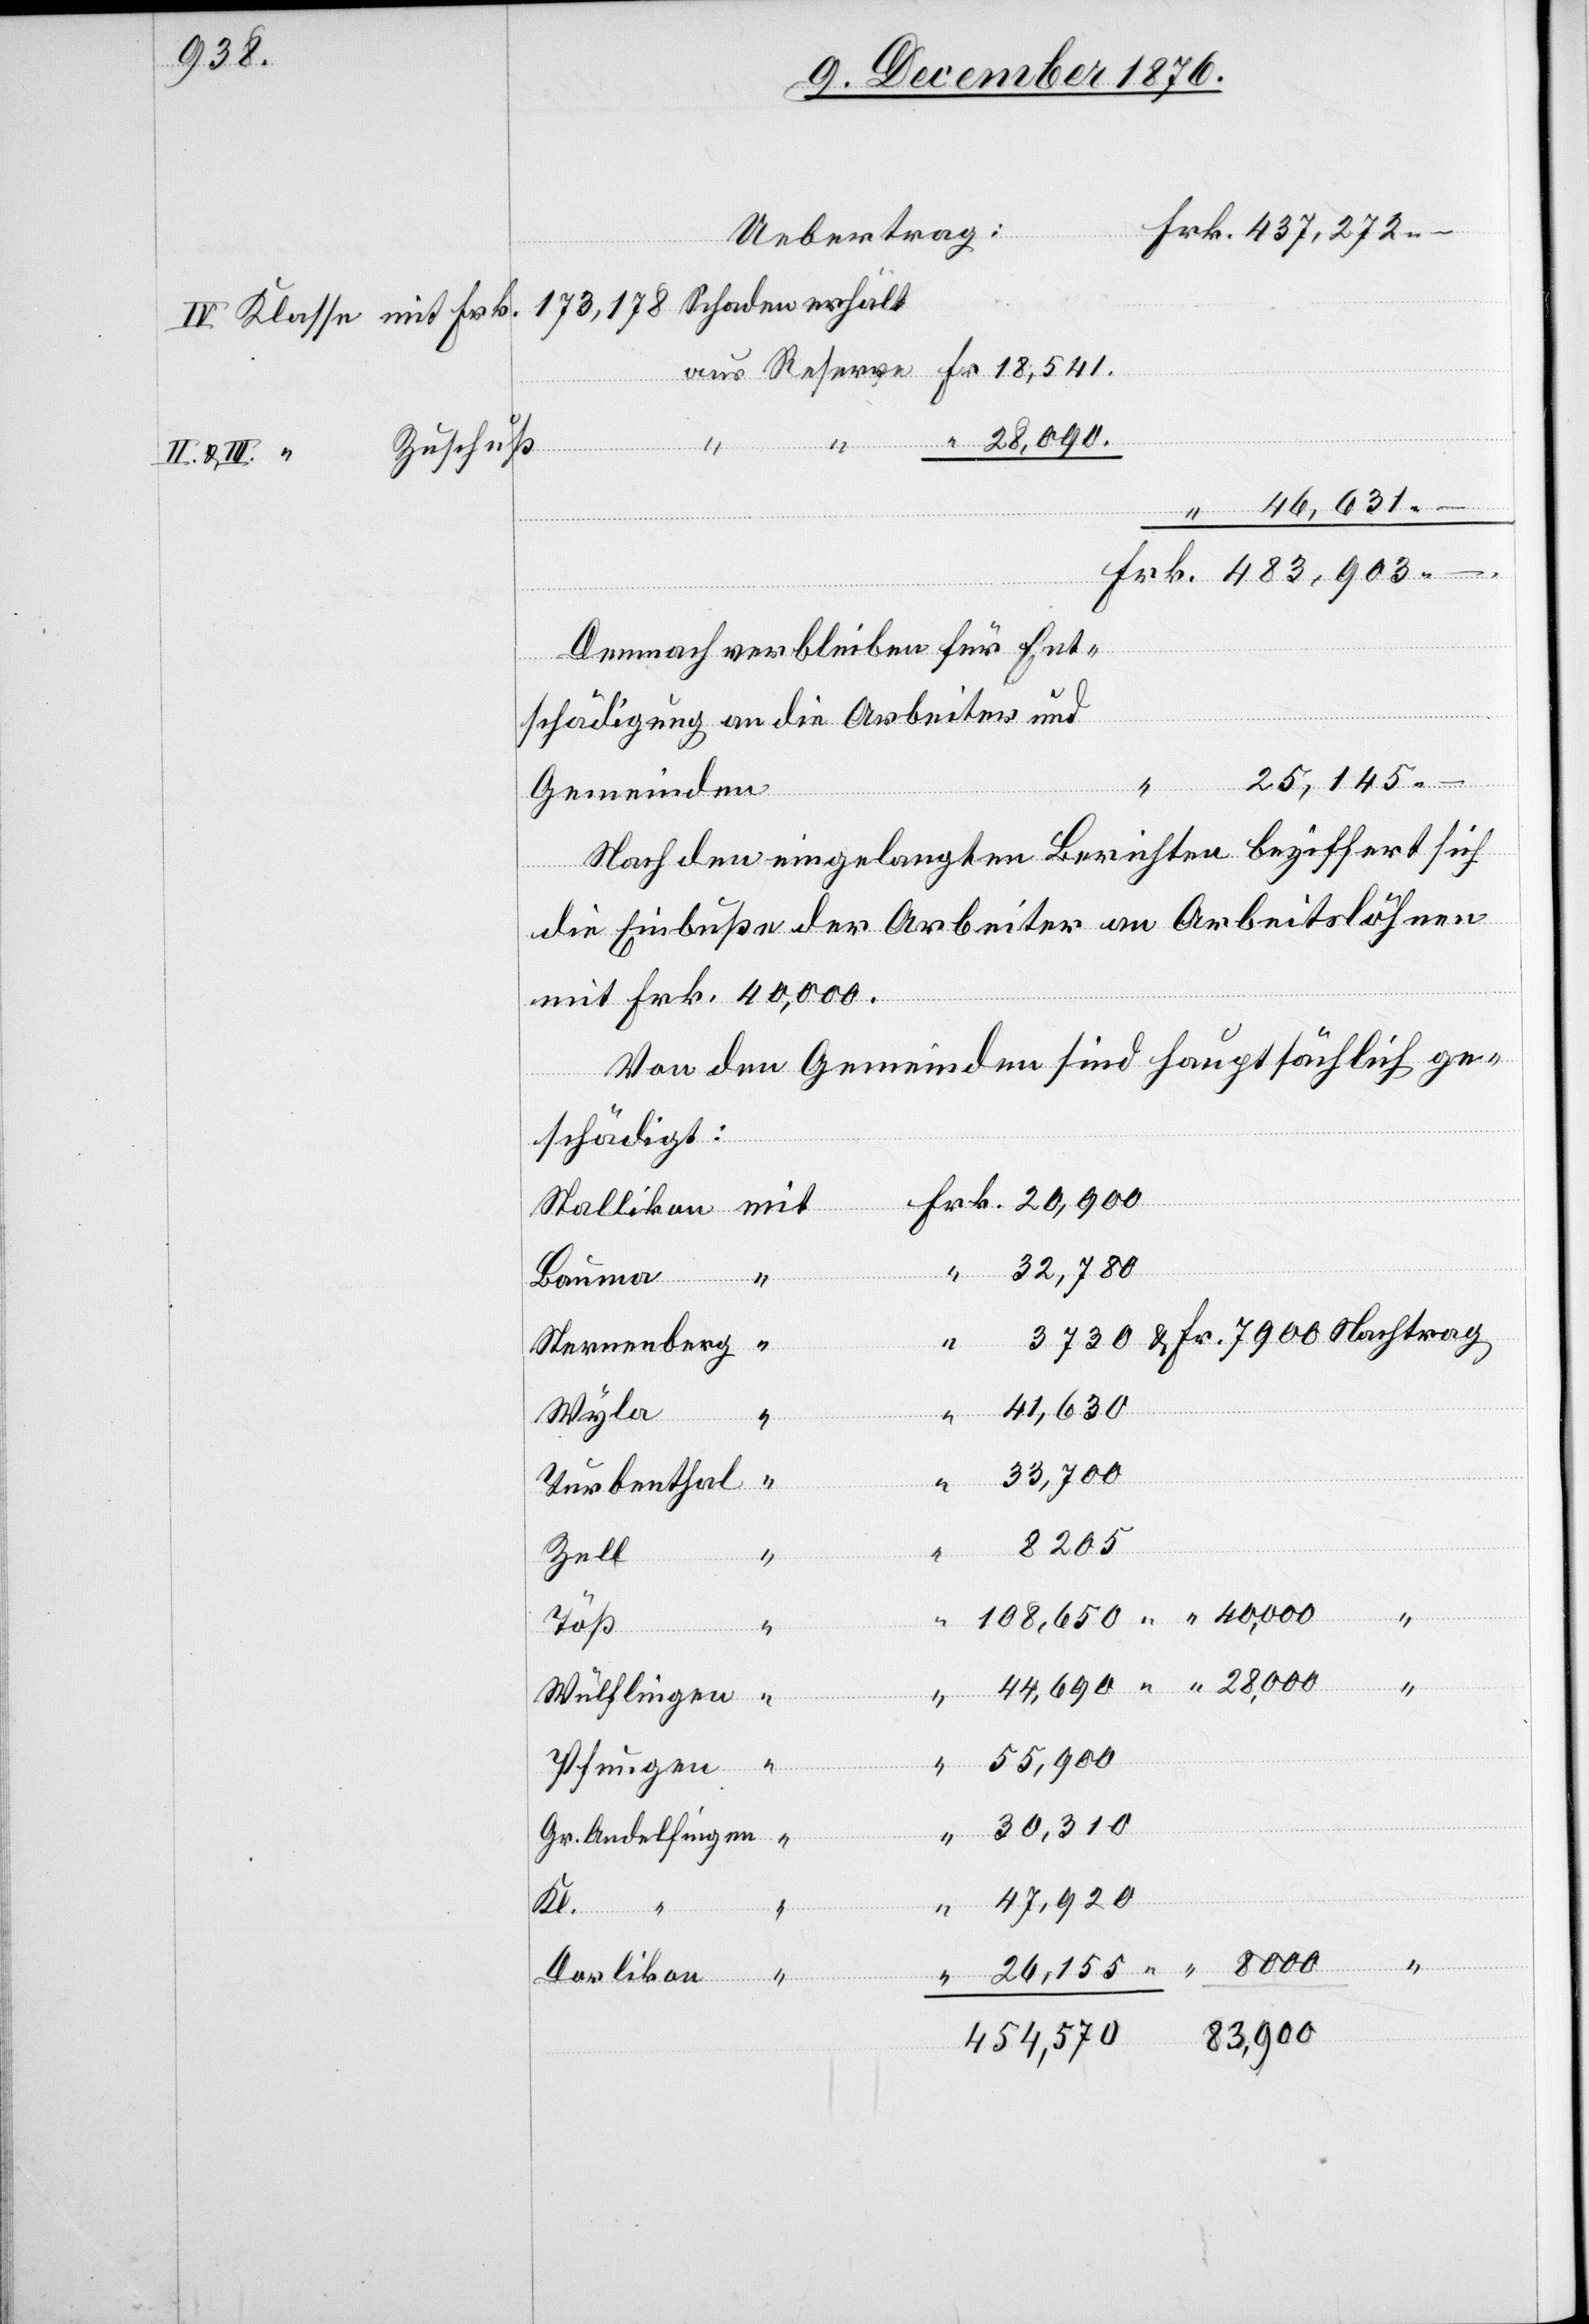
Uebertrag
Zuschuß
Demnach verbleiben für Ent¬
schädigung an die Arbeiter und
25,145
trag
Gemeinden
Nach den eingelangten Berichten beziffert sich
die Einbuße der Arbeiter an Arbeitslöhnen
mit Frk. 40,000.
Von den Gemeinden sind hauptsächlich ge¬
schädigt:
mit
32,780
Bauma
Sternenberg
44,690
Wyla
“
“
“
33,700
–.
Turbenthal
8205
Zell
“
“
Töß
Wülflingen
55,900
Pfungen
30,310
Gr. Andelfingen
47,920
Schaden
8000
“
26,155
Dorlikon
83,900
454,570